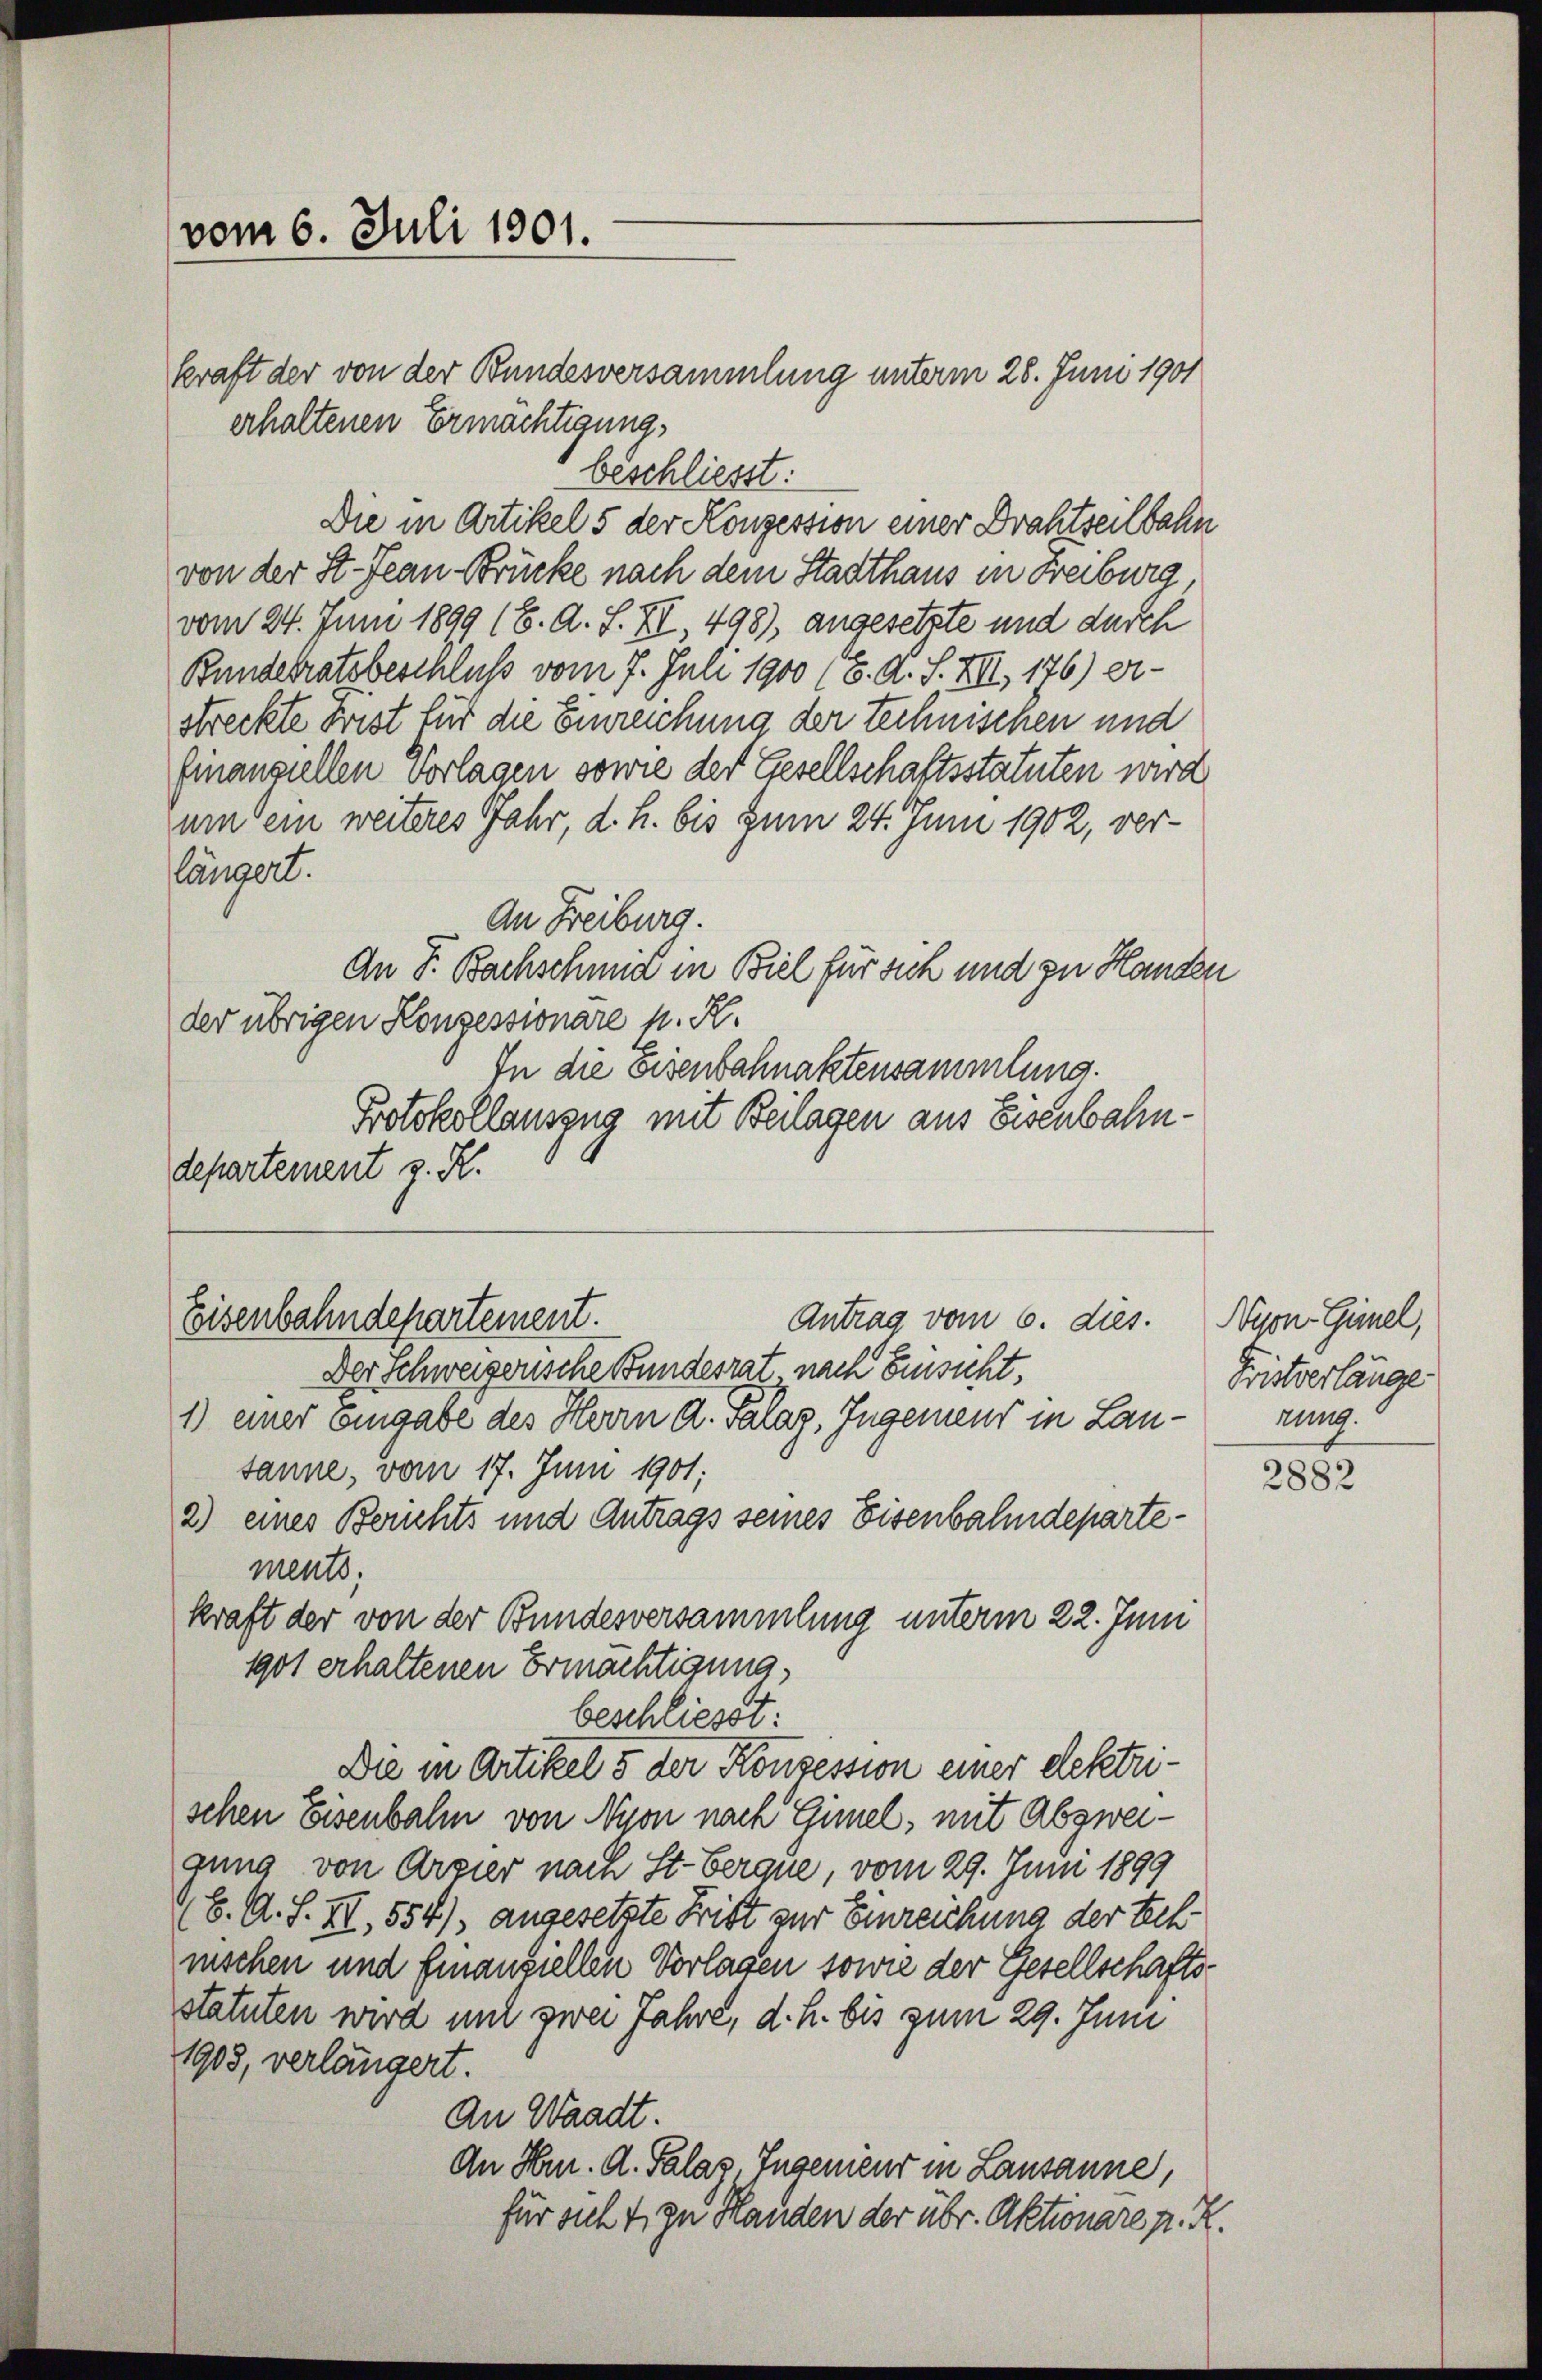
vom 6. Juli 1901.

kraft der von der Bundesversammlung unterm 28. Juni 1901
erhaltenen Ermächtigung,
beschliesst:
Die in Artikel 5 der Konzession einer Drahtzeilbahn
von der St. Jean Brücke nach dem Stadthaus in Freiburg
vom 24. Juni 1899 (8. d. S. XI, 498) angesetzte und durch
Bundesratsbeschluß vom 7. Juli 1900 (6. A. S. XII, 176) er-
streckte Frist für die Einreichung der technischen und
finanziellen Vorlagen sowie der Gesellschaftsstatuten wird
um ein weiteres Jahr, d. h. bis zum 24. Juni 1902, verlängert.
An Freiburg.
An F. Bachschmid in Biel für sich und zu Hander
der übrigen Konzessionare p. R.
In die Eisenbahnaktensammlung.
Protokollauszug mit Beilagen aus Eisenbahndepartement z. R.
Eisenbahndepartement.
Antrag vom 6. dies. Nyon-Gimel,
Der Schweizerische Bundesrat nach Einsicht.
1) einer Eingabe des Herrn A. Salaz, Ingenieur in Lautanne, vom 17. Juni 1901;
2) eines Berichts und Antrags seines Eisenbahndepartements.
kraft der von der Bundesversammlung unterm 22. Juni
1901 erhaltenen Ermächtigung,
beschliesst:
Die in Artikel 5 der Konsession einer elektrischen Eisenbahn von Nyon nach Gimel, mit Abzweigung von Arzier nach St.Berque, vom 29. Juni 1899
(6. A. S. II, 554/, angesetzte Frist zur Einreichung der tech
nischen und finanziellen Vorlagen sowie der Gesellschafts
statuten wird mit zwei Jahre, d. h. bis zum 29. Juni
1903, verlängert.
An Waadt.
An Hrn. A. Palas Ingenieur in Lausanne,
für sich 4. zu Handen der über. Aktionare pr. K

Fristverlänge
rung.

2882